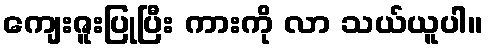
ကျေးဇူးပြုပြီး ကားကို လာ သယ်ယူပါ။